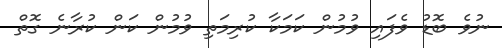
ނުވެ ބޮޑު ވެފައި ވުމުން ކަމަކާ ކުރިމަތި ވުމުން ކަން ކުރާނެ ގޮތް